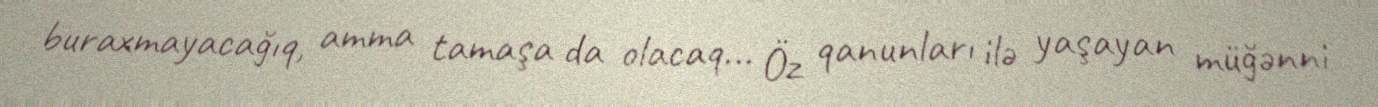
buraxmayacağıq, amma tamaşa da olacaq... Öz qanunları ilə yaşayan müğənni